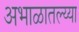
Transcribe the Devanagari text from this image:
अभाळातल्य्या